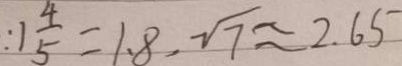
: 1 \frac { 4 } { 5 } = 1 . 8 , \sqrt { 7 } \approx 2 . 6 5